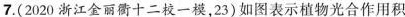
7.(2020浙江金丽衢十二校一模，23)如图表示植物光合作用积